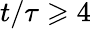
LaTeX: t/\tau\geqslant 4